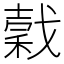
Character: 𢧺